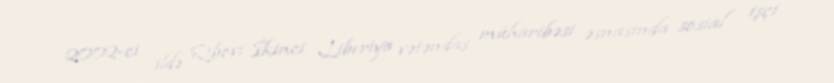
2002-ci ildə Qbovi İkinci Liberiya vətəndaş müharibəsi əsnasında sosial işçi